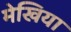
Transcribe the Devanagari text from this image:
मेखिया